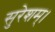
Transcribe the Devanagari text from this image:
सुरेशम्।